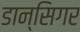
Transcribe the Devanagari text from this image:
डान्सिगर